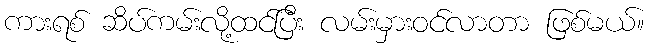
ကားရစ် ဆိပ်ကမ်းလို့ထင်ပြီး လမ်းမှားဝင်လာတာ ဖြစ်မယ်။